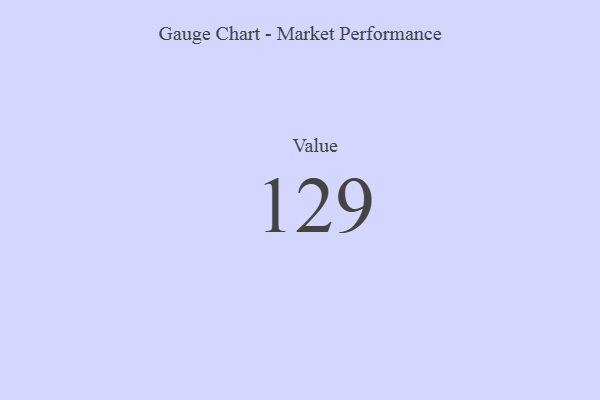
{"axis": {"x": "Metric", "y": "Value"}, "legend": [""], "data": [{"x": "Value", "y": 129, "type": ""}]}